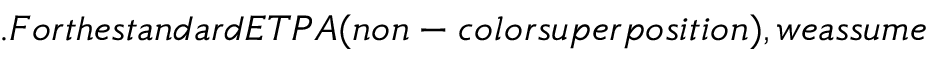
. F o r t h e s t a n d a r d E T P A ( n o n - c o l o r s u p e r p o s i t i o n ) , w e a s s u m e